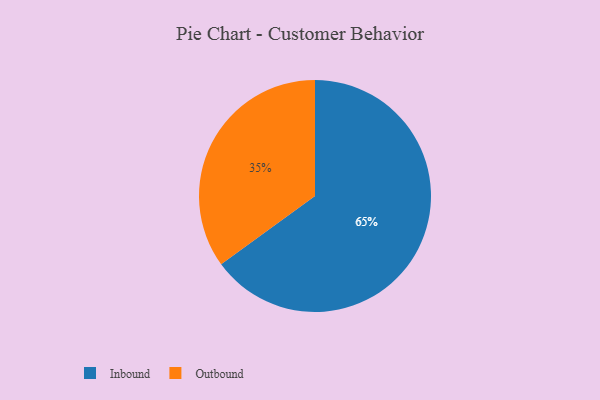
{"axis": {"x": "Category", "y": "Percentage"}, "legend": ["Inbound", "Outbound"], "data": [{"x": "Outbound", "y": 35, "type": "Outbound"}, {"x": "Inbound", "y": 65, "type": "Inbound"}]}